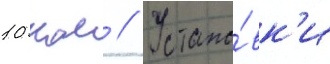
10 км // Устано́вк'и